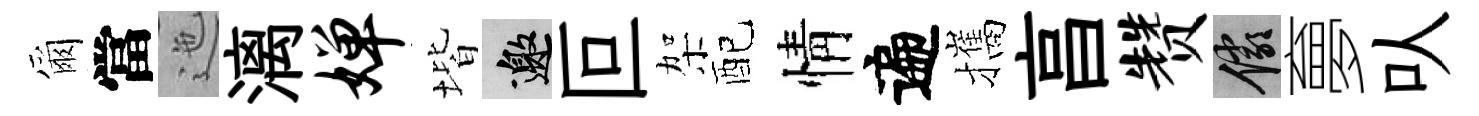
爾當迤漓婵堦邀叵架配情遍攜亯赞儼夣㕥